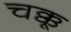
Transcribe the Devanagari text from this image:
चक्कू